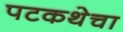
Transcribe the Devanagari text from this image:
पटकथेचा